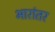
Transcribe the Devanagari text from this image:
भारांतर